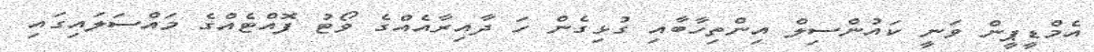
އެމްޑީޕީން ވަނީ ކައުންސިލް އިންތިހާބާއި ގުޅިގެން ހަ ދާއިރާއެއްގެ ވޯޓު ފޮއްޓެއްގެ މައްސަލައިގައި